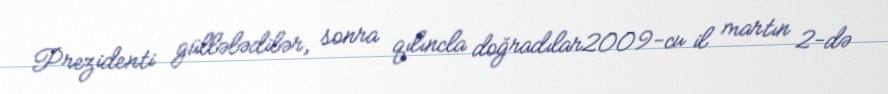
Prezidenti güllələdilər, sonra qılıncla doğradılar2009-cu il martın 2-də